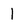
Character: 1